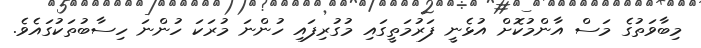
މިބާވަތުގެ މަސް އާންމުކޮށް އުޅެނީ ފަރުމަތީގައި މުގުރިފައި ހުންނަ މުރަކަ ހުންނަ ހިސާބުތަކުގައެވެ.